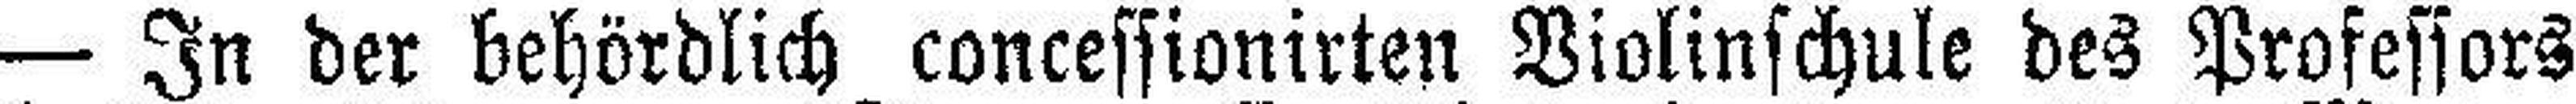
— In der behördlich concessionirten Violinschule des Professors